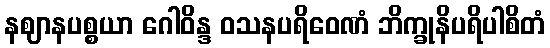
နဈာနပစ္စယာ ဂေါဝိန္ဒ ဝသနပရိဝေဏံ ဘိက္ခုနိပရိပါစိတံ